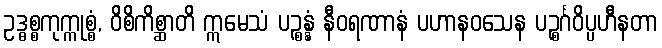
ဥဒ္ဓစ္စကုက္ကုစ္စံ, ဝိစိကိစ္ဆာတိ ဣမေသံ ပဉ္စန္နံ နီဝရဏာနံ ပဟာနဝသေန ပဉ္စင်္ဂဝိပ္ပဟီနတာ